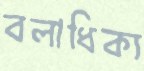
বলাধিক্য